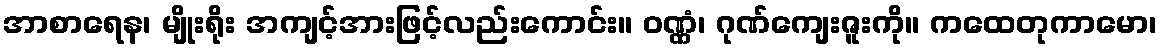
အာစာရေန၊ မျိုးရိုး အကျင့်အားဖြင့်လည်းကောင်း။ ဝဏ္ဏံ၊ ဂုဏ်ကျေးဇူးကို။ ကထေတုကာမော၊